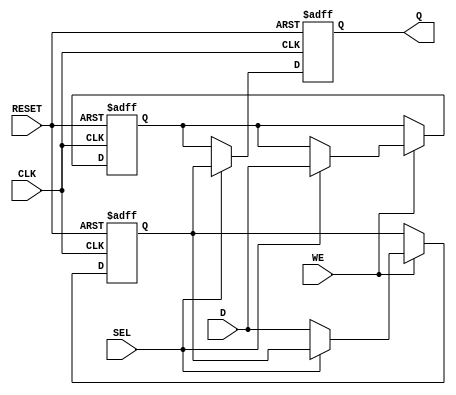
module double_buffer_register (
    input wire [7:0] D,       // Data Input
    input wire WE,            // Write Enable
    input wire CLK,           // Clock
    input wire SEL,           // Select (0 for Buffer A, 1 for Buffer B)
    input wire RESET,         // Optional Reset
    output reg [7:0] Q        // Data Output
);

    // Internal registers for Buffer A and Buffer B
    reg [7:0] buffer_a;
    reg [7:0] buffer_b;

    // Always block for synchronous operation
    always @(posedge CLK or posedge RESET) begin
        if (RESET) begin
            // Initialize both buffers to zero on reset
            buffer_a <= 8'b0;
            buffer_b <= 8'b0;
            Q <= 8'b0; // Optionally reset output as well
        end else begin
            // Write operation based on Write Enable and Select signal
            if (WE) begin
                if (~SEL) begin
                    buffer_a <= D; // Write to Buffer A
                end else begin
                    buffer_b <= D; // Write to Buffer B
                end
            end
            // Read operation based on Select signal
            if (~SEL) begin
                Q <= buffer_b; // Read from Buffer B
            end else begin
                Q <= buffer_a; // Read from Buffer A
            end
        end
    end

endmodule